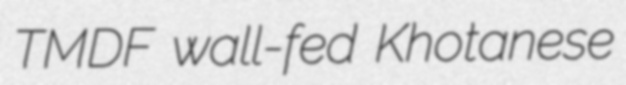
TMDF wall-fed Khotanese